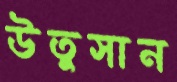
উতুসান